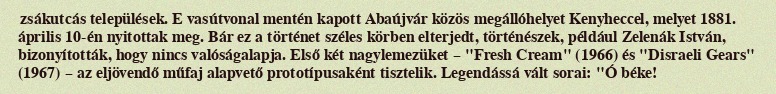
zsákutcás települések. E vasútvonal mentén kapott Abaújvár közös megállóhelyet Kenyheccel, melyet 1881. április 10-én nyitottak meg. Bár ez a történet széles körben elterjedt, történészek, például Zelenák István, bizonyították, hogy nincs valóságalapja. Első két nagylemezüket – "Fresh Cream" (1966) és "Disraeli Gears" (1967) – az eljövendő műfaj alapvető prototípusaként tisztelik. Legendássá vált sorai: "Ó béke!